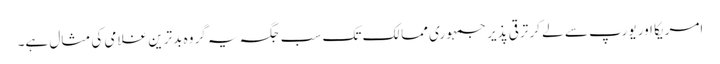
امریکا اور یورپ سے لے کر ترقی پذیر جمہوری ممالک تک سب جگہ یہ گروہ بدترین غلامی کی مثال ہے۔